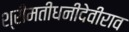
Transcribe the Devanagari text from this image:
श्रीमतीधनीदेवीराव